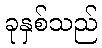
ခုနှစ်သည်